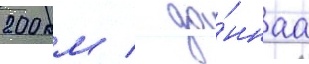
200 км / да́ннаа